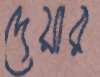
দেয়ার